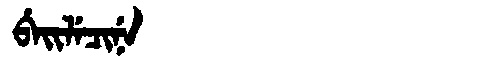
Manchu: ᠪᡝᡳᠯᡝᠴᡳᠨᡝ
Romanization: BEILECINE